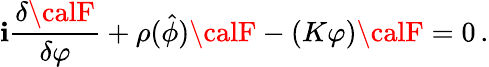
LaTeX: \mathbf{i}\frac{{\delta{\calF}}}{{\delta\varphi}}+\rho({\hat{{\phi}}}){\calF}-(K\varphi){\calF}=0\, .